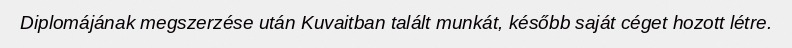
Diplomájának megszerzése után Kuvaitban talált munkát, később saját céget hozott létre.